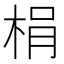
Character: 梋